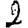
Digit: 2